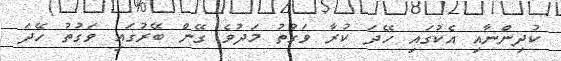
ކުދިންނާއި އެކުގައި ހޭދަ ކުރާ ވަގުތު މަދުވެ ގޭން ބޭރުގައި ވަގުތު ހޭދަ